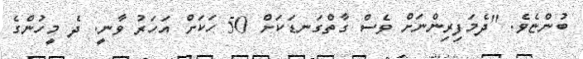
ބުންޏެވެ. "ދެމަފިރިންނަށް ވެސް ގާތްގަނޑަކަށް 50 ހަކަށް އަހަރު ވާނީ. ދެ މީހުންގެ